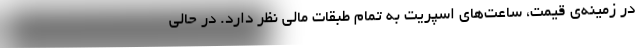
در زمینه‌ی قیمت، ساعت‌های اسپریت به تمام طبقات مالی نظر دارد. در حالی